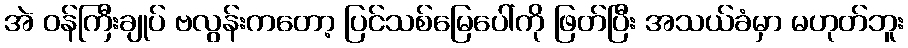
အဲ ဝန်ကြီးချုပ် ဗလွန်းကတော့ ပြင်သစ်မြေပေါ်ကို ဖြတ်ပြီး အသယ်ခံမှာ မဟုတ်ဘူး